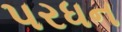
પરધન